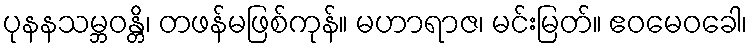
ပုနနသမ္ဘဝန္တိ၊ တဖန်မဖြစ်ကုန်။ မဟာရာဇ၊ မင်းမြတ်။ ဧဝမေဝခေါ၊